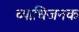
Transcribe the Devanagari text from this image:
व्‍याधिजनक